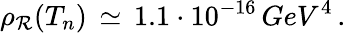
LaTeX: \rho_{\mathcal{R}}(T_{n})\, \simeq\, 1.1\cdot10^{-16}\, GeV^{4}\, .